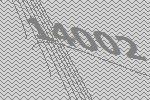
14002